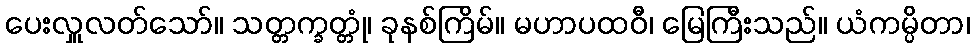
ပေးလှူလတ်သော်။ သတ္တက္ခတ္တုံ၊ ခုနစ်ကြိမ်။ မဟာပထဝီ၊ မြေကြီးသည်။ ယံကမ္ပိတာ၊